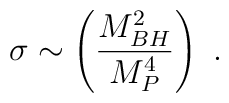
\sigma \sim \left ({M_{BH}^2 \over M_P^4}\right )~.